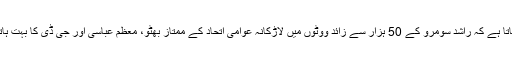
کہا جاتا ہے کہ راشد سومرو کے 50 ہزار سے زائد ووٹوں میں لاڑکانہ عوامی اتحاد کے ممتاز بھٹو، معظم عباسی اور جی ڈی کا بہت ہاتھ تھا۔